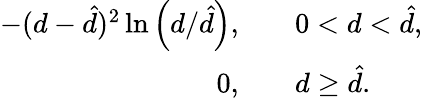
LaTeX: \begin{array}{rl}{-(d-\hat{d})^{2}\ln\left(d/\hat{d}\right),\quad}&{{}0<d<\hat{d},}\\ {0,\quad}&{{}d\geq\hat{d}.}\end{array}